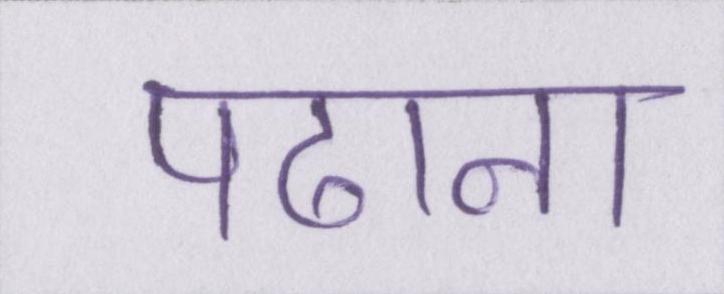
पढाना